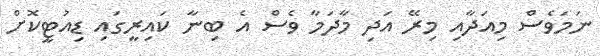
ނަމަވެސް މިއަދާއި މިރޭ އަދި މާދަމާ ވެސް އެ ބިނާ ކައިރީގައި ޑިއުޓީކޮށް